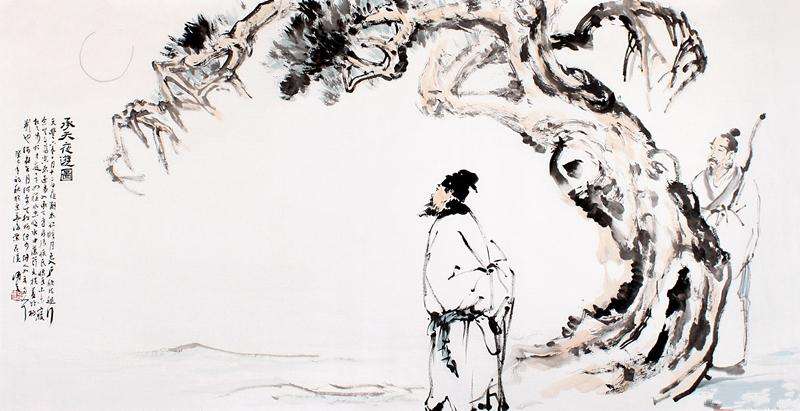
三过平山堂下，半生弹指声中。